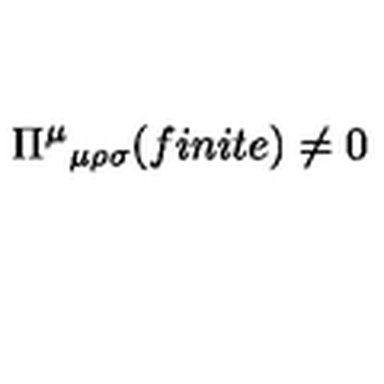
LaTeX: \Pi ^ { \mu } { } _ { \mu \rho \sigma } ( f i n i t e ) \neq 0